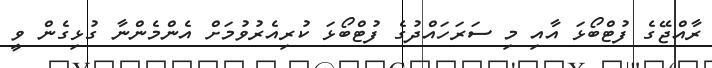
ރާއްޖޭގެ ފުޓްބޯޅަ އާއި މި ސަރަހައްދުގެ ފުޓްބޯޅަ ކުރިއެރުވުމަށް އެންމެންނާ ގުޅިގެން ވީ